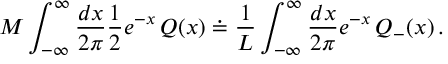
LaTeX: { \cal M } \displaystyle \int _ { - \infty } ^ { \infty } \displaystyle \frac { d x } { 2 \pi } \displaystyle \frac { 1 } { 2 } e ^ { - x } \, { \cal Q } ( x ) \doteq \displaystyle \frac { 1 } { L } \displaystyle \int _ { - \infty } ^ { \infty } \displaystyle \frac { d x } { 2 \pi } e ^ { - x } \, { \cal Q } _ { - } ( x ) \, .